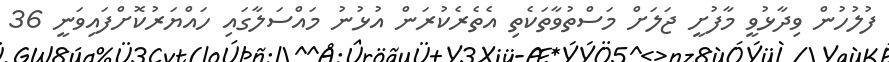
ފުލުހުން ވިދާޅުވީ މާފުށީ ޖަލަށް މަސްތުވާތަކެތި އެތެރެކުރަން އުޅުނު މައްސަލާގައި ހައްޔަރުކޮށްފައިވަނީ 36